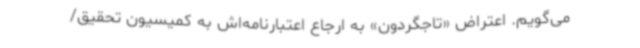
می‌گویم. اعتراض «تاجگردون» به ارجاع اعتبارنامه‌اش به کمیسیون تحقیق/